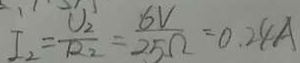
I _ { 2 } = \frac { U _ { 2 } } { R _ { 2 } } = \frac { 6 V } { 2 5 \Omega } = 0 . 2 4 A